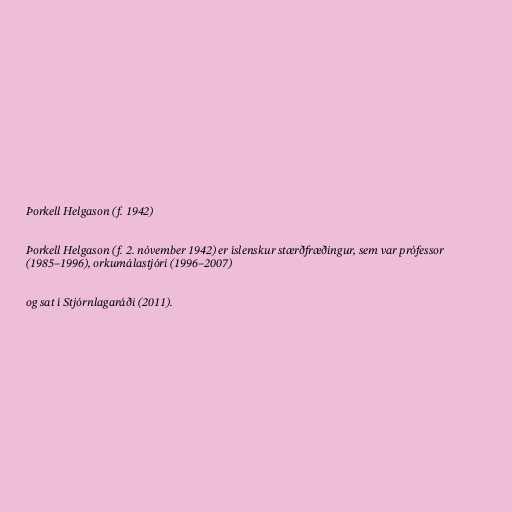
Þorkell Helgason (f. 1942)

Þorkell Helgason (f. 2. nóvember 1942) er íslenskur stærðfræðingur, sem var prófessor
(1985–1996), orkumálastjóri (1996–2007)

og sat í Stjórnlagaráði (2011).